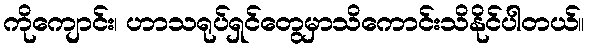
ကိုကျောင်း၊ ဟာသရုပ်ရှင်တွေမှာသိကောင်းသိနိုင်ပါတယ်။